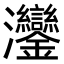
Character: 𬉲